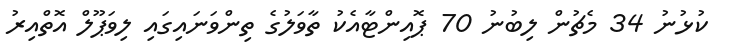
ކުޅުނު 34 މެޗުން ލިބުނު 70 ޕޮއިންޓާއެކު ތާވަލުގެ ތިންވަނައިގައި ލިވަޕޫލް އޮތްއިރު